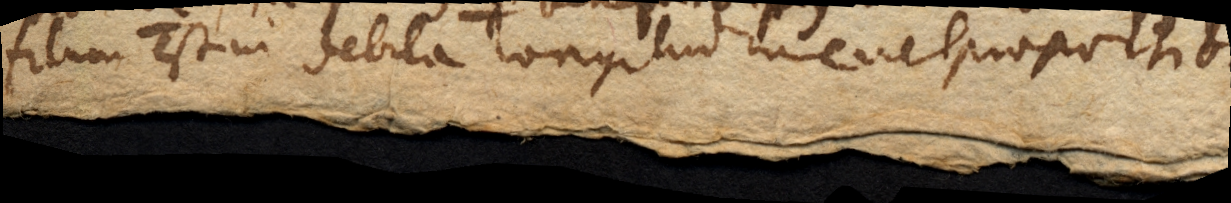
filum est in debita longitudine vel proportio–